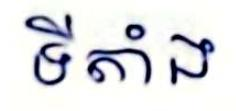
ទីតាំង